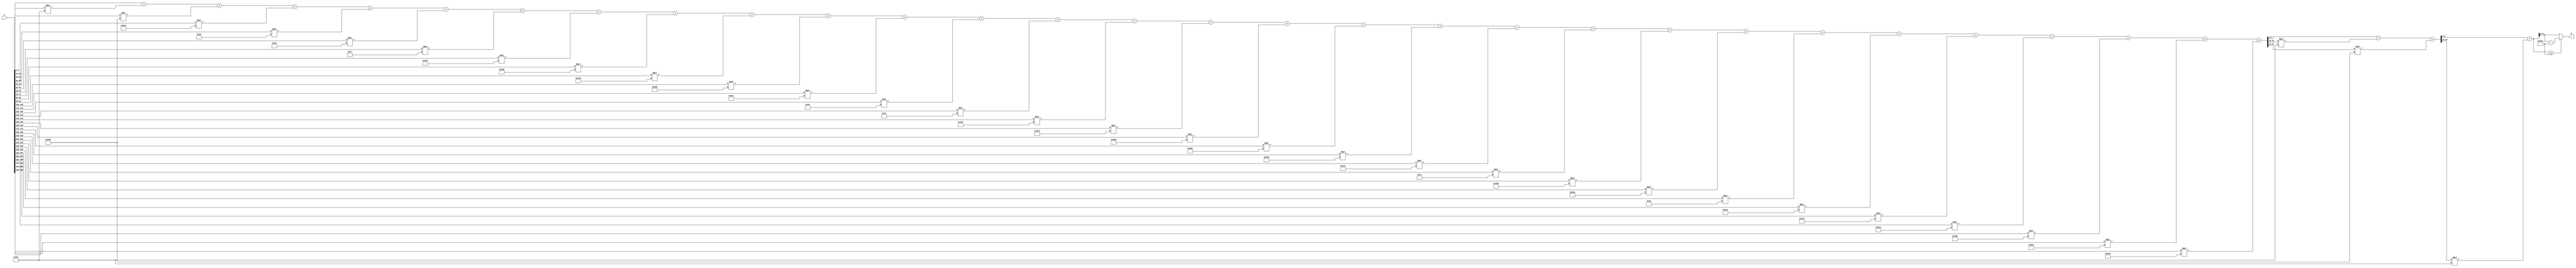
module x_300_mod_997(
    input [300:1] X,
    output [10:1] R
    );

wire [24:1] R_temp_1;
wire [16:1] R_temp_2;
wire [11:1] R_temp_3;
reg [10:1]  R_temp;

assign R_temp_1 = X [ 10 : 1 ]  + X [ 20 : 11 ] * 5'b11011 + X [ 30 : 21 ] * 10'b1011011001 + 
X [ 40 : 31 ] * 10'b1011100100 + X [ 50 : 41 ] * 6'b101000 + X [ 60 : 51 ] * 7'b1010011 + 
X [ 70 : 61 ] * 8'b11110111 + X [ 80 : 71 ] * 10'b1010101111 + X [ 90 : 81 ] * 10'b1001011011 + 
X [ 100 : 91 ] * 9'b101001001 + X [ 110 : 101 ] * 10'b1110001011 + X [ 120 : 111 ] * 10'b1000110001 + 
X [ 130 : 121 ] * 8'b11000000 + X [ 140 : 131 ] * 8'b11000111 + X [ 150 : 141 ] * 9'b110000100 + 
X [ 160 : 151 ] * 9'b111111010 + X [ 170 : 161 ] * 10'b1010111101 + X [ 180 : 171 ] * 10'b1111010101 + 
X [ 190 : 181 ] * 10'b1000110101 + X [ 200 : 191 ] * 9'b100101100 + X [ 210 : 201 ] * 7'b1111100 + 
X [ 220 : 211 ] * 9'b101100101 + X [ 230 : 221 ] * 10'b1010011010 + X [ 240 : 231 ] * 6'b100100 + 
X [ 250 : 241 ] * 10'b1111001100 + X [ 260 : 251 ] * 9'b101000010 + X [ 270 : 261 ] * 10'b1011001110 + 
X [ 280 : 271 ] * 9'b110111011 + X [ 290 : 281 ] * 10'b1111100010 + X [ 300 : 291 ] * 10'b1110010100 ;

assign R_temp_2 = R_temp_1 [ 10 : 1 ]  + R_temp_1 [ 20 : 11 ] * 5'b11011 + R_temp_1 [ 24 : 21 ] * 10'b1011011001 ;

assign R_temp_3 = R_temp_2 [ 10 : 1 ]  + R_temp_2 [ 16 : 11 ] * 5'b11011 ;

always @(R_temp_3)
begin
  if (R_temp_3 >= 10'b1111100101)
    R_temp <= R_temp_3 - 10'b1111100101;
  else
    R_temp <= R_temp_3;
end

assign R = R_temp;

endmodule